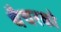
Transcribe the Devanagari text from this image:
थैचरको